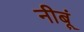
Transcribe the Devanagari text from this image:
नीबूं